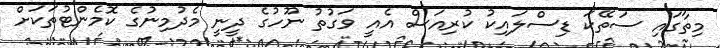
މިތާގައި ސަތޭކަ ޑިސްލައިކު ކުރިއަސް އެއީ ވަގުތު ނޫހުގެ ދީނީ މެދުމިނުގެ ކޮމެންޓުތަކަށް